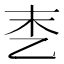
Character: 𪜑